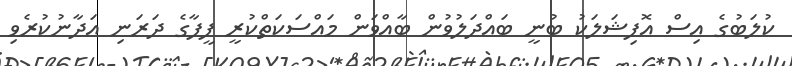
ކުލަބުގެ އިސް އޮފިޝަލަކު ބުނީ ބައްދަލުވުން ބާއްވަން މައްސަކަތްކުރީ ފީފާގެ ދަރަނި އަދާނުކުރެވި